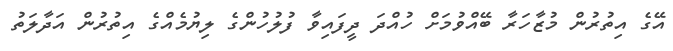
އޭގެ އިތުރުން މުޒާހަރާ ބޭއްވުމަށް ހުއްދަ ދީފައިވާ ފުލުހުންގެ ލިޔުމެއްގެ އިތުރުން އަދާލަތު